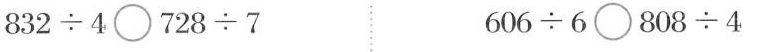
$$832\div4\bigcirc 728\div7 $$